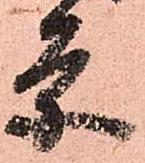
条